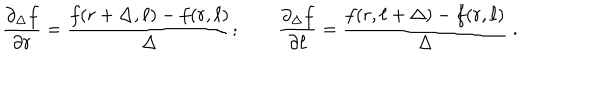
\frac { \partial _ { \Delta } f } { \partial r } = \frac { f ( r + \Delta , \ell ) - f ( r , \ell ) } { \Delta } ; \qquad \frac { \partial _ { \Delta } f } { \partial \ell } = \frac { f ( r , \ell + \Delta ) - f ( r , \ell ) } { \Delta } \ .